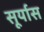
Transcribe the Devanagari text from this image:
सूर्यास